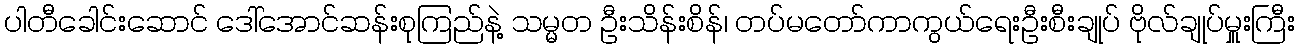
ပါတီခေါင်းဆောင် ဒေါ်အောင်ဆန်းစုကြည်နဲ့ သမ္မတ ဦးသိန်းစိန်၊ တပ်မတော်ကာကွယ်ရေးဦးစီးချုပ် ဗိုလ်ချုပ်မှူးကြီး